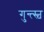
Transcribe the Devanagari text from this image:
गुन्त्स्च